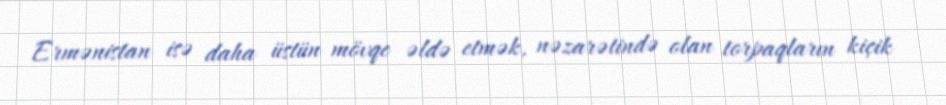
Ermənistan isə daha üstün mövqe əldə etmək, nəzarətində olan torpaqların kiçik